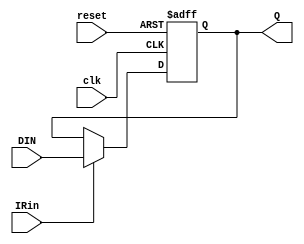
module reg_nbits (IRin, clk, reset, DIN, Q);
    parameter N = 8;
    input IRin, clk, reset;
    input [N-1:0] DIN;
    output reg [N-1:0] Q;

    always @(posedge clk or posedge reset) begin
        if (reset)
            Q <= 0;
        else if (IRin)
            Q <= DIN;
        else
            Q <= Q;
    end
endmodule